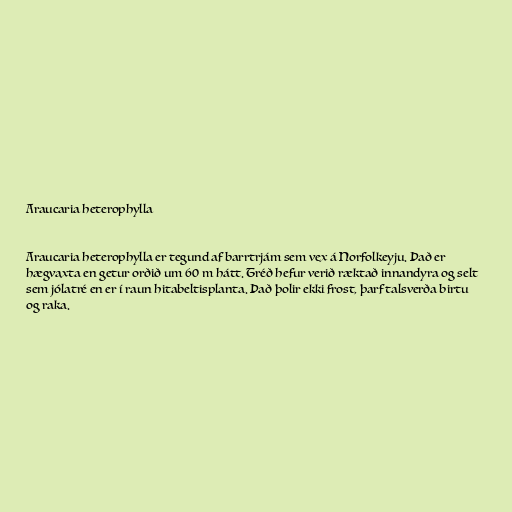
Araucaria heterophylla

Araucaria heterophylla er tegund af barrtrjám sem vex á Norfolkeyju. Það er
hægvaxta en getur orðið um 60 m hátt. Tréð hefur verið ræktað innandyra og selt
sem jólatré en er í raun hitabeltisplanta. Það þolir ekki frost, þarf talsverða birtu
og raka.